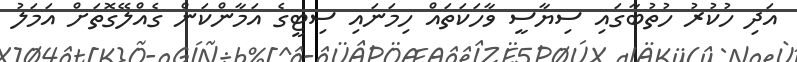
އަދި ހުކުރު ހުތުބާގައި ސިޔާސީ ވާހަކަތައް ހިމަނައި ސިޓީގެ އަމާންކަން ގެއްލޭގޮތަށް އަމަލު